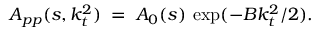
A _ { p p } ( s , k _ { t } ^ { 2 } ) \; = \; A _ { 0 } ( s ) \: \exp ( - B k _ { t } ^ { 2 } / 2 ) .